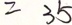
= 3 5